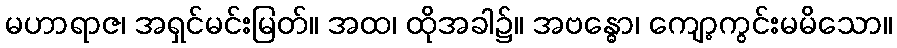
မဟာရာဇ၊ အရှင်မင်းမြတ်။ အထ၊ ထိုအခါ၌။ အဗန္ဓော၊ ကျော့ကွင်းမမိသော။